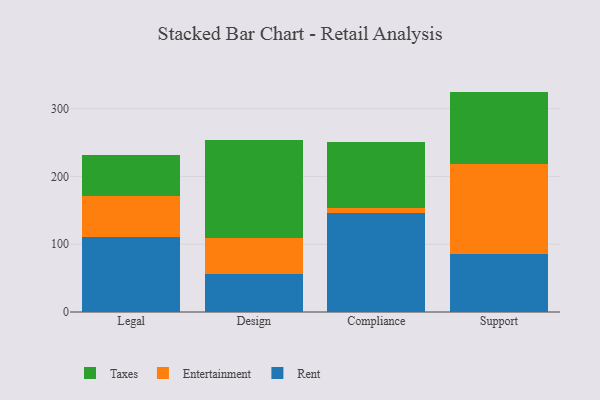
{"axis": {"x": "Department", "y": "Net Income (USD K)"}, "legend": ["Entertainment", "Rent", "Taxes"], "data": [{"x": "Legal", "y": 110.5, "type": "Rent"}, {"x": "Legal", "y": 61.2, "type": "Entertainment"}, {"x": "Legal", "y": 59.9, "type": "Taxes"}, {"x": "Design", "y": 55.5, "type": "Rent"}, {"x": "Design", "y": 54.3, "type": "Entertainment"}, {"x": "Design", "y": 144.6, "type": "Taxes"}, {"x": "Compliance", "y": 146.8, "type": "Rent"}, {"x": "Compliance", "y": 6.5, "type": "Entertainment"}, {"x": "Compliance", "y": 97.3, "type": "Taxes"}, {"x": "Support", "y": 85.3, "type": "Rent"}, {"x": "Support", "y": 133.6, "type": "Entertainment"}, {"x": "Support", "y": 106.3, "type": "Taxes"}]}